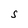
Character: S